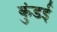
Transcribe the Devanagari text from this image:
कुंडई